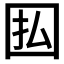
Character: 𫭅